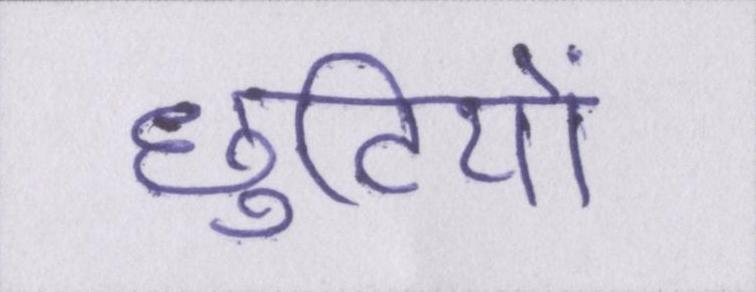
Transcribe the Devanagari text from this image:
छुटियों